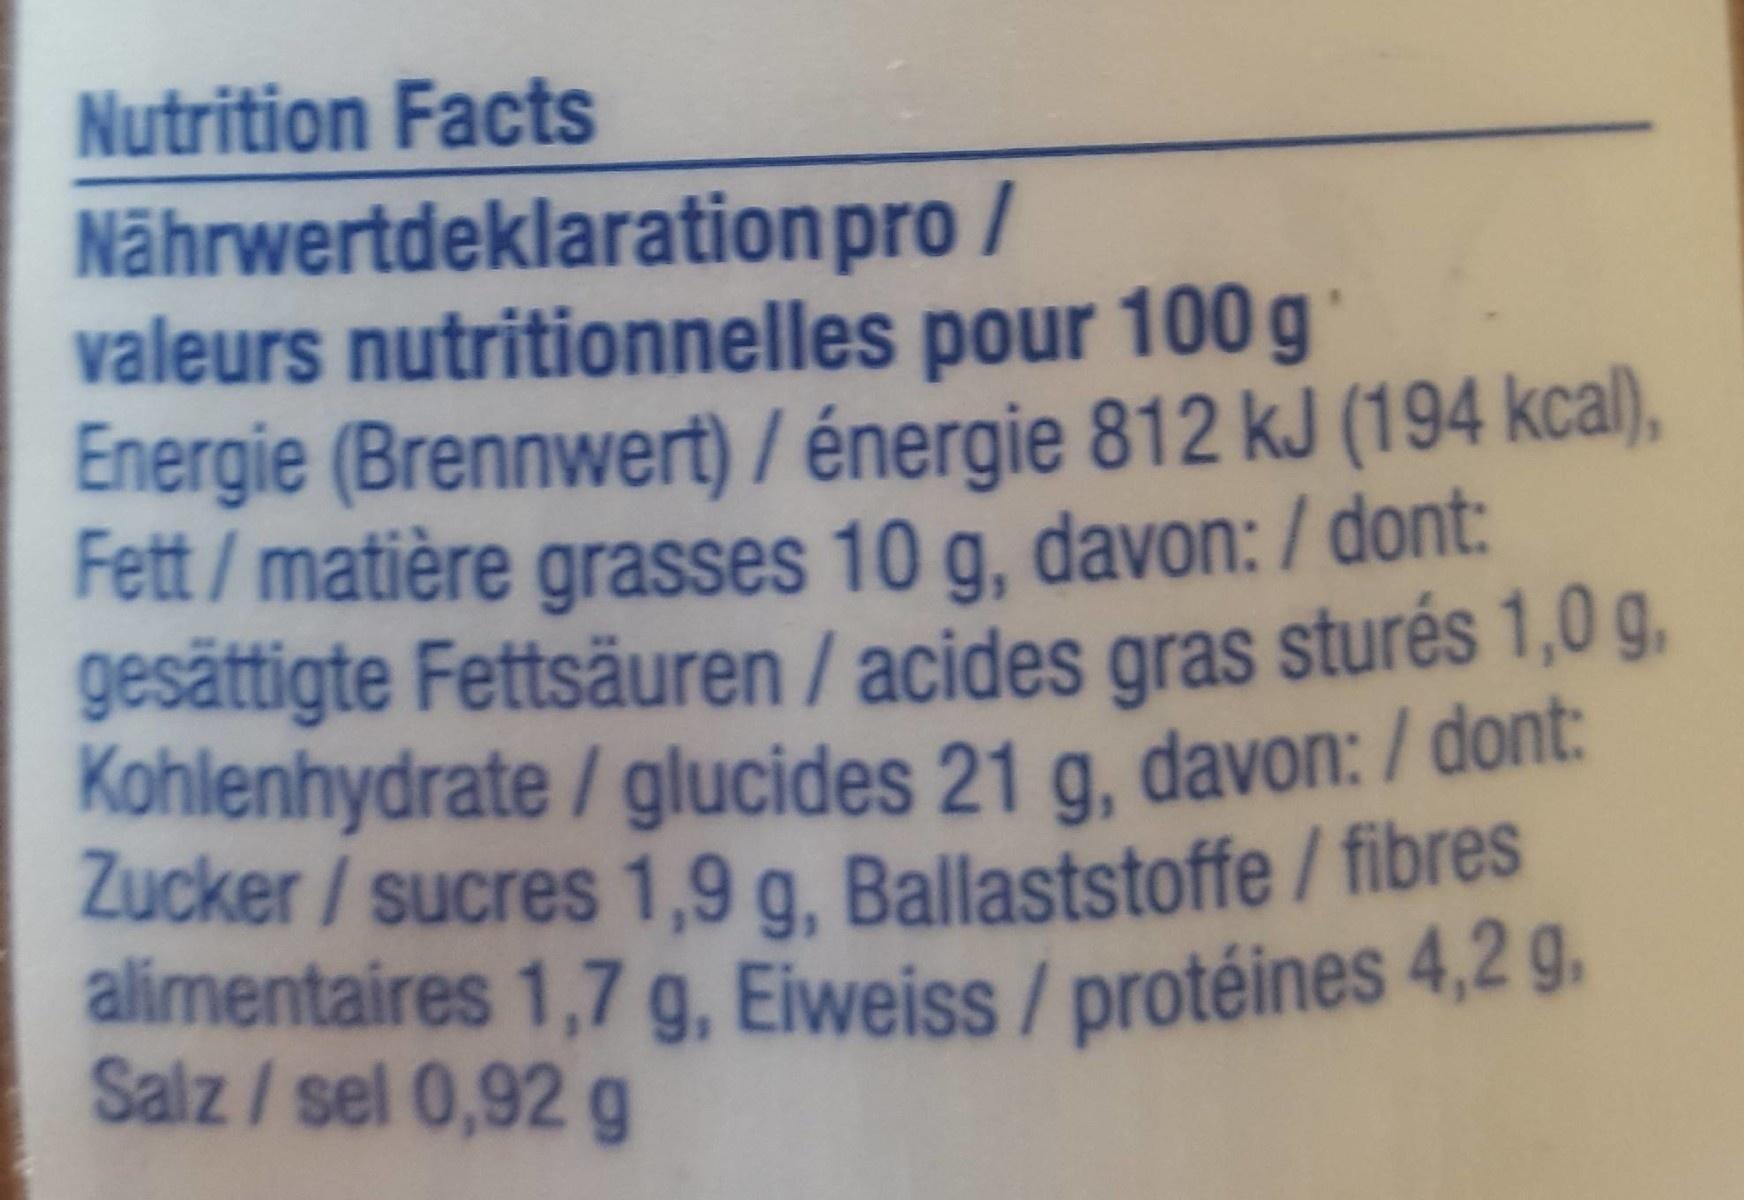
Nutrition Facts Nährwertdeklaration pro / valeurs nutritionnelles pour 100 g Energie (Brennwert) / énergie 812 kJ (194 kcal), Fett / matière grasses 10 g, davon: / dont: gesättigte Fettsäuren / acides gras sturés 1,0 g. Kohlenhydrate / glucides 21 g, davon: / dont: Zucker / sucres 1,9 a. Ballaststoffe / fibres alimentaires 1,7 g, Eiweiss/protéines 4,2 g. Salz /sel 0,92 g
9.